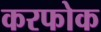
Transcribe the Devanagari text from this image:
करफोक